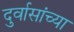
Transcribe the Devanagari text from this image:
दुर्वासांच्या